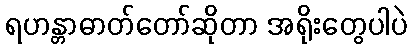
ရဟန္တာဓာတ်တော်ဆိုတာ အရိုးတွေပါပဲ